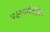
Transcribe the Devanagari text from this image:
पक्षधर्मताज्ञान